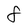
Character: 8